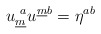
\begin{align*} u^{~a}_{\underline{m}}u^{\underline{m}b} = \eta^{ab} \qquad\end{align*}